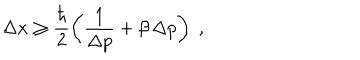
\Delta x \ge \frac { \hbar } { 2 } \left( \frac { 1 } { \Delta p } + \beta \, \Delta p \right) \; ,